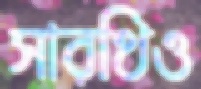
সারথিও